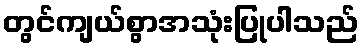
တွင်ကျယ်စွာအသုံးပြုပါသည်